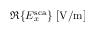
\Re \{ E _ { x } ^ { \mathrm { s c a } } \} ~ [ \mathrm { V / m } ]